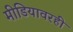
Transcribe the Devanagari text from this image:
मीडियावरही